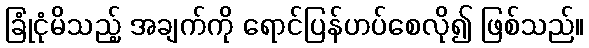
ခြုံငုံမိသည့် အချက်ကို ရောင်ပြန်ဟပ်စေလို၍ ဖြစ်သည်။